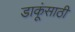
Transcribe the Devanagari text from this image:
डाकूंसाठी